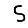
Digit: 5